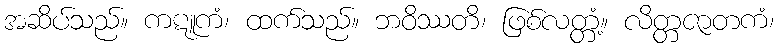
အဆိပ်သည်။ ကဋူကံ၊ ထက်သည်။ ဘဝိဿတိ၊ ဖြစ်လတ္တံ့။ လိတ္တဇာတကံ၊